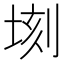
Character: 𪣫